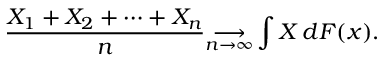
{ \frac { X _ { 1 } + X _ { 2 } + \cdots + X _ { n } } { n } } { \underset { n \to \infty } { \longrightarrow } } \int X \, d F ( x ) .